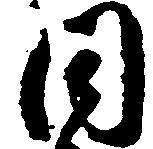
同